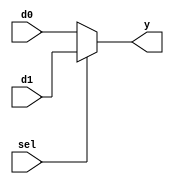
/* Author: Santosh Srivatsan	2017A8PS1924G */
/* SUB-MODULE : 2:1 MUX with 8-bit inputs */

module a2_mux_2_1(
		input [7:0] d0,
		input [7:0] d1,
		input sel,
		output [7:0] y
		);

	assign y = sel ? d1 : d0;
endmodule

/*******************************************************************************************************************************************************************/

/* Testbench */

module a2_tb_mux_2_1;
	reg [7:0] tb_d0; 
	reg [7:0] tb_d1;
	reg tb_sel;
	wire [7:0] tb_y;

	a2_mux_2_1 M21(.d0(tb_d0), .d1(tb_d1), .sel(tb_sel), .y(tb_y));

	initial #100 $finish;

	initial
	begin
		tb_d0 = 8'd10 ; tb_d1 = 8'd20 ; tb_sel = 0;
		#10 tb_d0 = 8'd30 ; tb_d1 = 8'd40 ; tb_sel = 1;
	end
endmodule

/*******************************************************************************************************************************************************************/